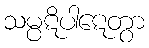
သမ္ပဋိပါဋေတွာ